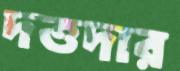
দত্তদার